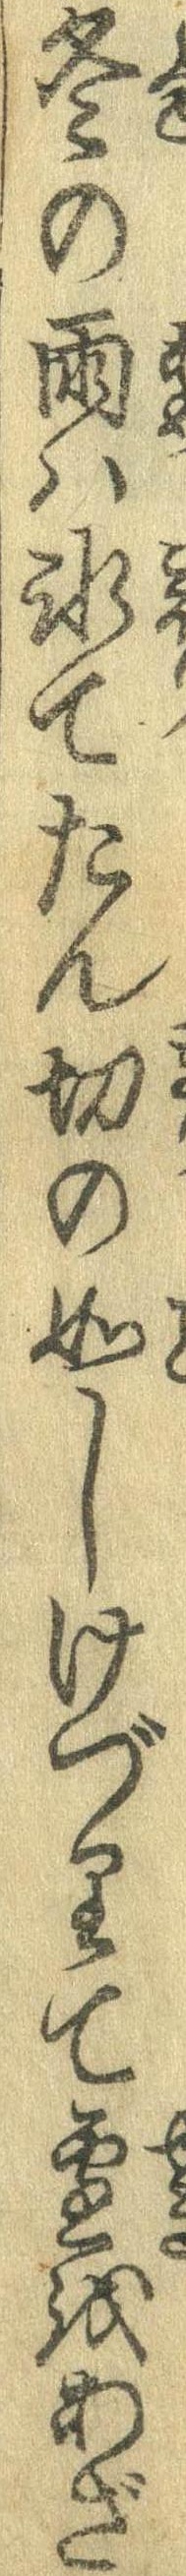
冬の雨は氷てたん切の如しけづりて雪をあざ